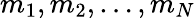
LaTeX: {m_{1},m_{2},\ldots,m_{N}}